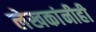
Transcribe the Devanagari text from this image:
लेखकांनीही